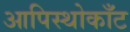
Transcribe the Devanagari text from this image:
आपिस्थोकाँट